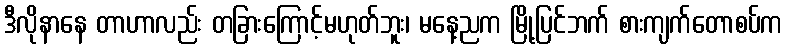
ဒီလိုနာနေ တာဟာလည်း တခြားကြောင့်မဟုတ်ဘူး၊ မနေ့ညက မြို့ပြင်ဘက် စားကျက်တောစပ်က